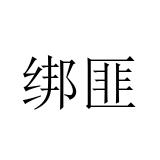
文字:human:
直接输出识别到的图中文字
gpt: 绑匪